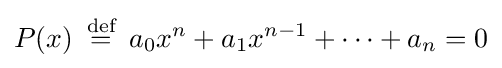
P(x)\ \,{\stackrel {\text{def}}{=}}\ \,a_{0}x^{n}+a_{1}x^{n-1}+\cdots +a_{n}=0